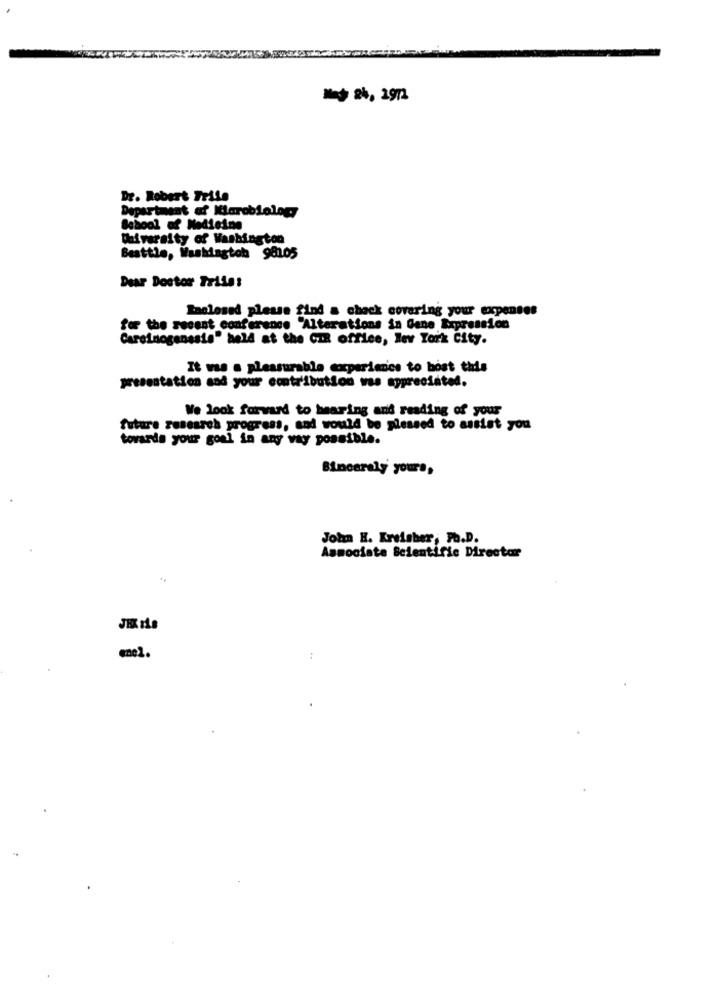
Maj 24, 2972
Dr. Robert Frile
Department of Microbiology
School of Medicine
Diversity of Washington
Besttle, Wasklagtoh 98105
Dear Doctor Trile:
Raclosed please find a check covering your expenses
for the recent conference "Alterations in Gene Expression
Carcinogenesis" held at the CIR office, lev York City.
It was a pleasurable experience to bost this
presentation and your contribution was appreciated.
We look forward to hearing and reading of your
future research progress, and would be pleased to assist you
towards your goal in any way possible.
Sincerely yours,
John H. Kreisher, Ph.D.
Associate Scientific Director
JEK Is
enel.